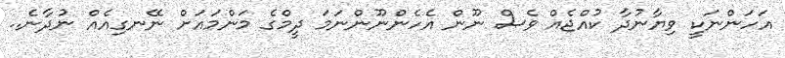
އަހަންނަކީ ވިޔާނުދާ ކުއްޖެއް ވެސް ނޫން އެހެންނޫންނަމަ ދީމްގެ މަންމައަށް ނޭނގިއެއް ނުދާނެ..